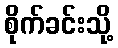
စိုက်ခင်းသို့